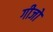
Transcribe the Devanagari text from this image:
गीजो